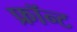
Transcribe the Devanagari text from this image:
फ्रॉन्ट